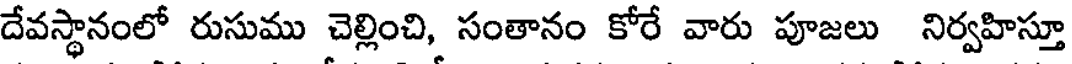
దేవస్థానంలో రుసుము చెల్లించి, సంతానం కోరే వారు పూజలు నిర్వహిస్తూ